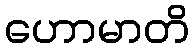
ဟောမာတိ